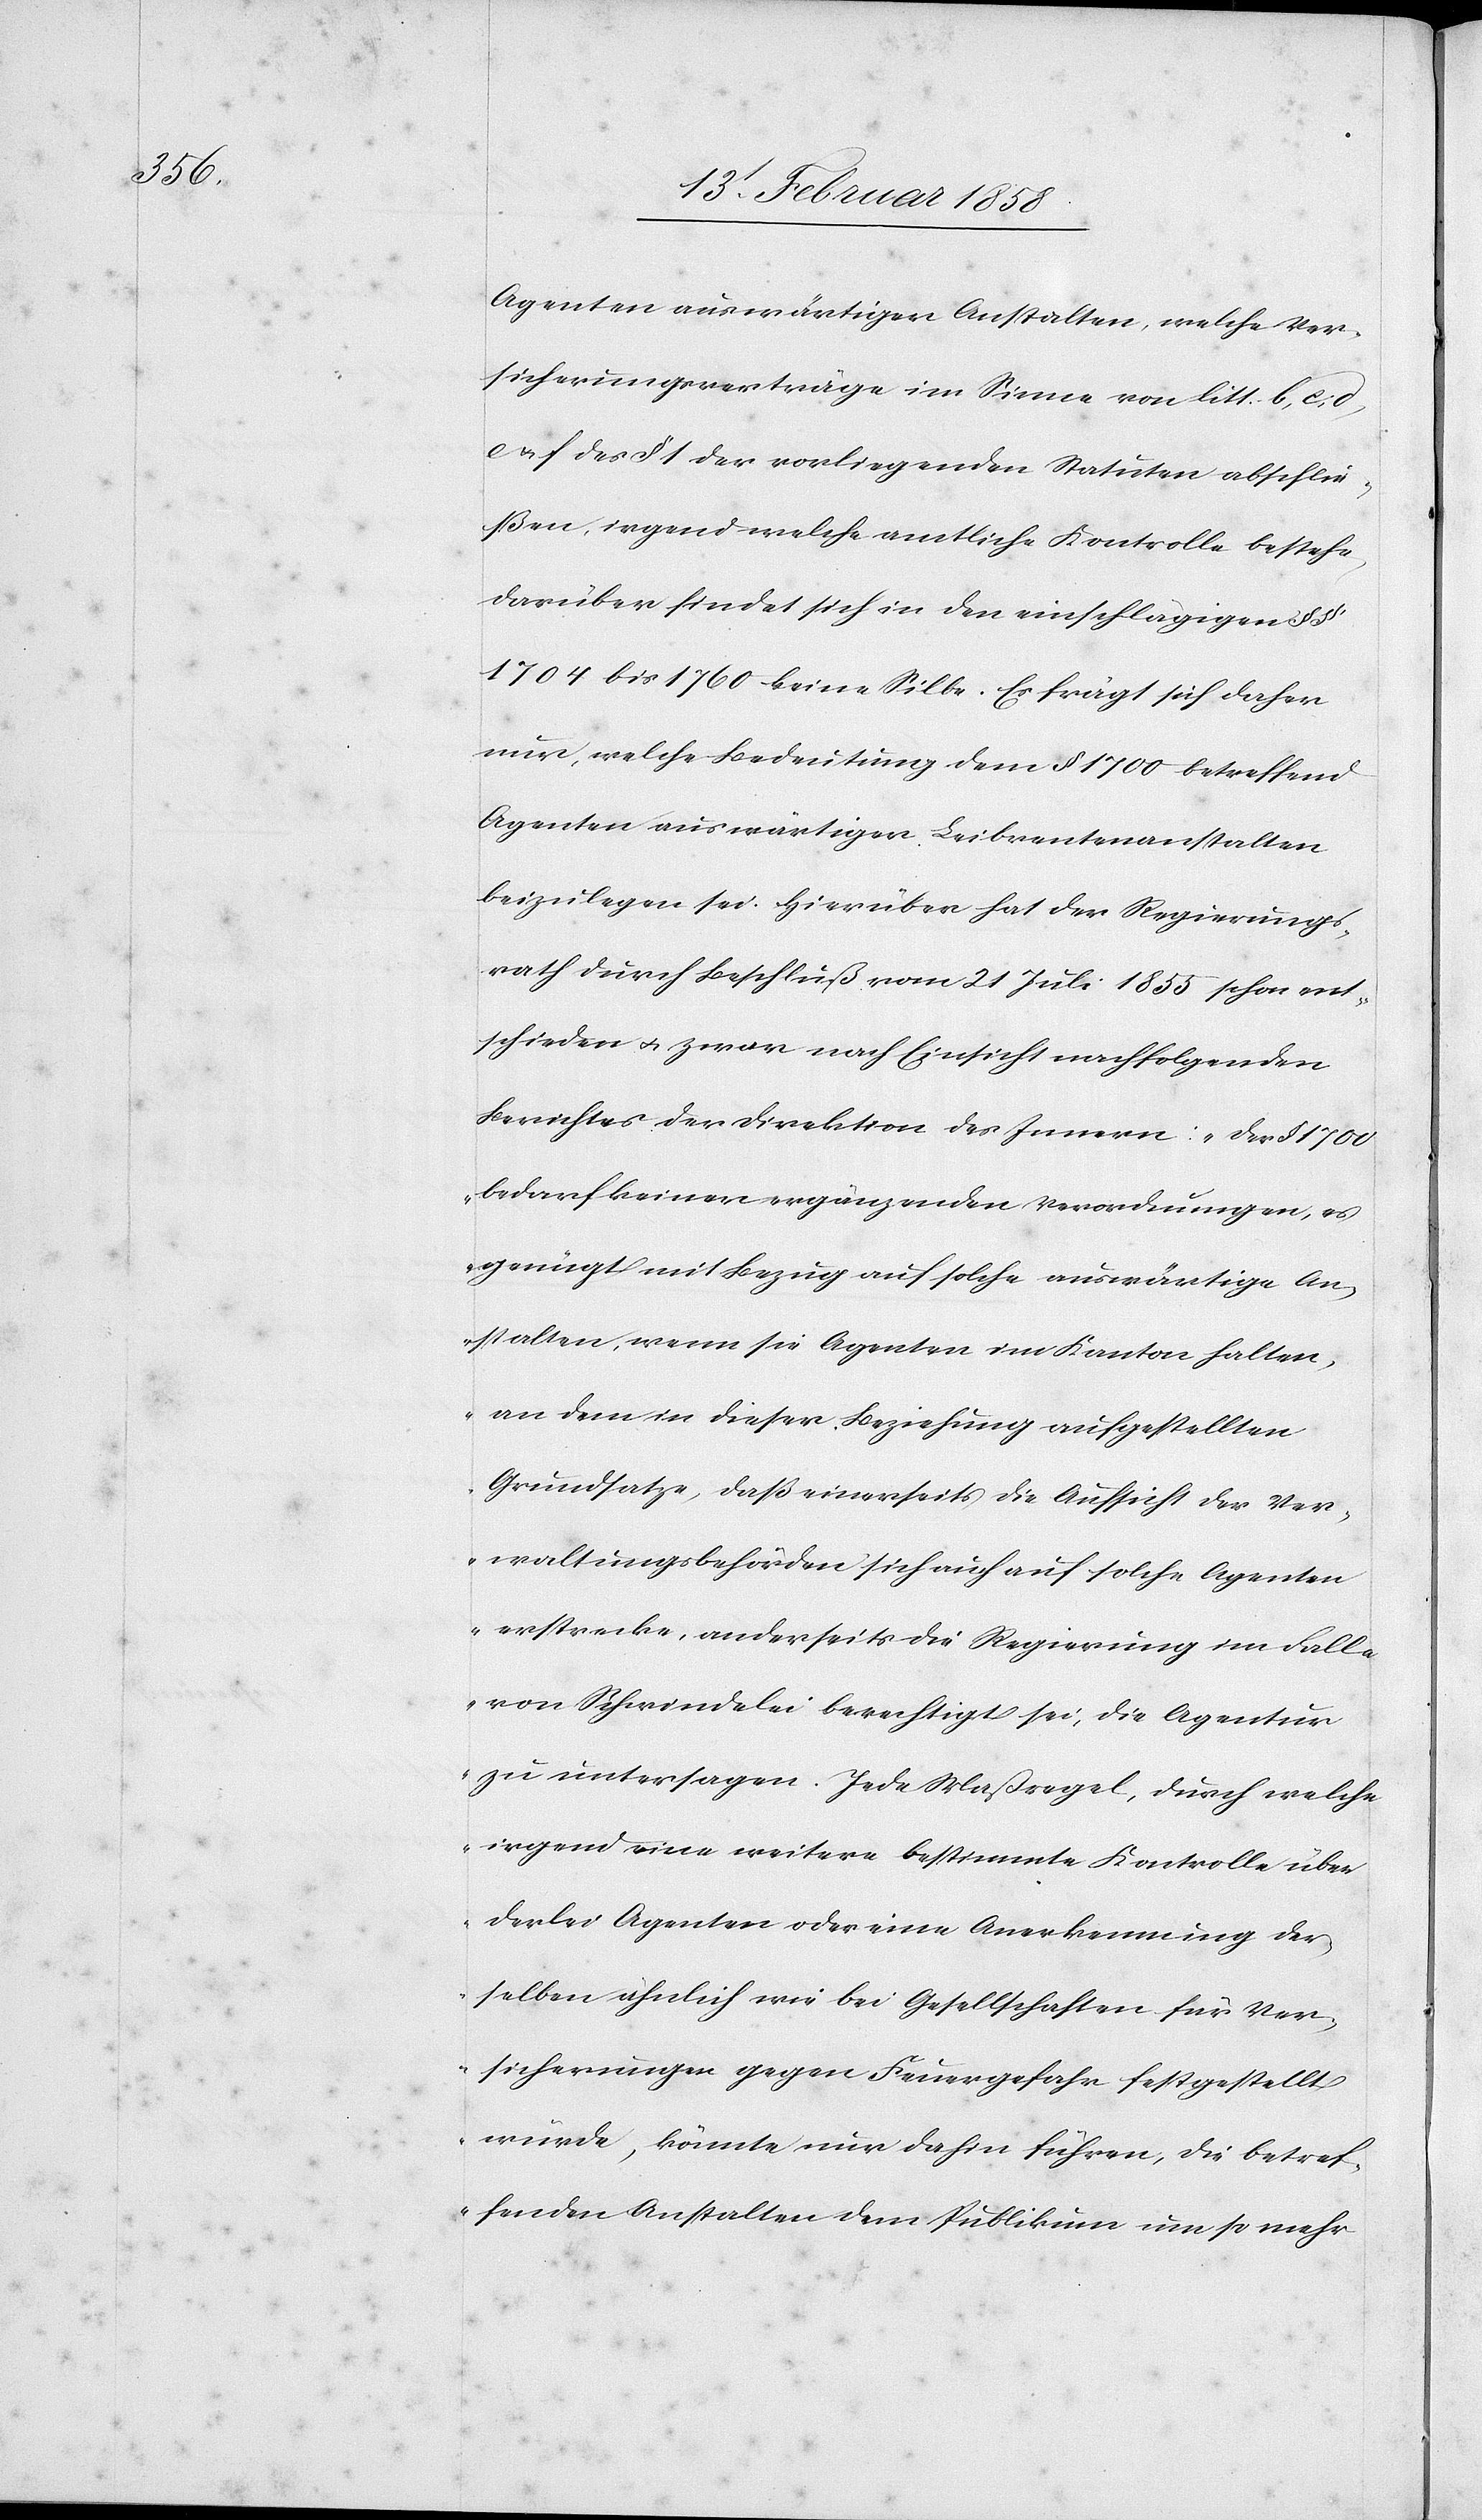
Agenten auswärtiger Anstalten, welche Ver¬
sicherungsverträge im Sinne von litt. b, c, d,
e u. f des § 1 der vorliegenden Statuten abschlie¬
ßen, irgend welche amtliche Kontrolle bestehe,
darüber findet sich in den einschlägigen § §
1704 bis 1760 keine Silbe. Es frägt sich daher
nur, welche Bedeutung dem § 1700 betreffend
Agenten auswärtiger Leibrentenanstalten
beizulegen sei. Hierüber hat der Regierungs¬
rath durch Beschluß vom 21 Juli 1855 schon ent¬
schieden u. zwar nach Einsicht nachfolgenden
Berichtes der Direktion des Innern: „Der § 1700
bedarf keiner ergänzenden Verordnungen, es
genügt mit Bezug auf solche auswärtige An¬
stalten, wenn sie Agenten im Kanton halten,
an dem in dieser Beziehung aufgestellten
Grundsatze, daß einerseits die Aufsicht der Ver¬
waltungsbehörden sich auch auf solche Agenten
erstrecke, anderseits die Regierung im Falle
von Schwindelei berechtigt sei, die Agentur
zu untersagen. Jede Maßregel, durch welche
irgend eine weitere bestimmte Kontrolle über
derlei Agenten oder eine Anerkennung der¬
selben ähnlich wie bei Gesellschaften für Ver¬
sicherungen gegen Feuergefahr festgestellt
würde, könnte nur dahin führen, die betref¬
fenden Anstalten dem Publikum um so mehr